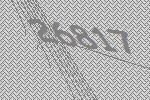
26817